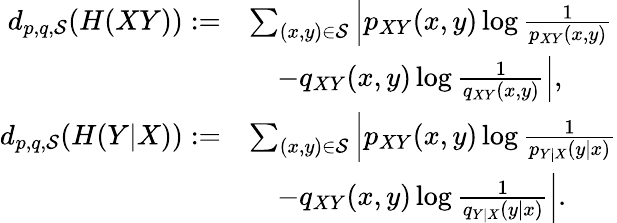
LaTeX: \begin{array}{rl}{d_{p,q,{\cal S}}(H(XY)):=}&{\sum_{\scriptstyle(x,y)\in{\cal S}}\left|p_{XY}(x,y)\log\frac{1}{p_{XY}(x,y)}\right.}\\ &{\quad\left.-q_{XY}(x,y)\log\frac{1}{q_{XY}(x,y)}\right|,}\\ {d_{p,q,{\cal S}}(H(Y|X)):=}&{\sum_{\scriptstyle(x,y)\in{\cal S}}\left|p_{XY}(x,y)\log\frac{1}{p_{Y|X}(y|x)}\right.}\\ &{\quad\left.-q_{XY}(x,y)\log\frac{1}{q_{Y|X}(y|x)}\right|.}\end{array}